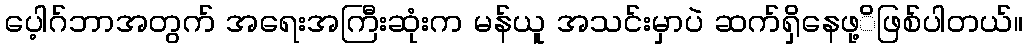
ပေ့ါဂ်ဘာအတွက် အရေးအကြီးဆုံးက မန်ယူ အသင်းမှာပဲ ဆက်ရှိနေဖု့ိဖြစ်ပါတယ်။